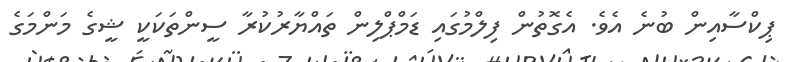
ޕިކްސާއިން ބުނެ އެވެ. އެގޮތުން ފިލްމުގައި ޑަމްޕްލިން ތައްޔާރުކުރާ ސީންތަކަކީ ޝީގެ މަންމަގެ